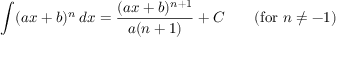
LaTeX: \int ( a x + b ) ^ { n } \, d x = { \frac { ( a x + b ) ^ { n + 1 } } { a ( n + 1 ) } } + C \qquad { \mathrm { ( f o r ~ } } n \neq - 1 { \mathrm { ) } }